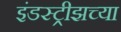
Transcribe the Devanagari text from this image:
इंडस्ट्रीझच्या